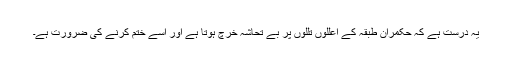
یہ درست ہے کہ حکمران طبقہ کے اعللوں تللوں پر بے تحاشہ خرچ ہوتا ہے اور اسے ختم کرنے کی ضرورت ہے۔